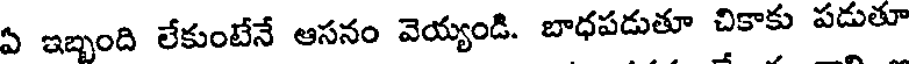
ఏ ఇబ్బంది లేకుంటేనే ఆసనం వెయ్యండి. బాధపడుతూ చికాకు పడుతూ